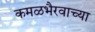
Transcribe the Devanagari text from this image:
कमळभैरवाच्या